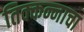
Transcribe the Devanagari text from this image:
तिक्कन्नाचा